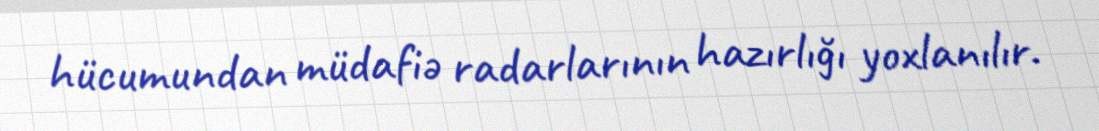
hücumundan müdafiə radarlarının hazırlığı yoxlanılır.